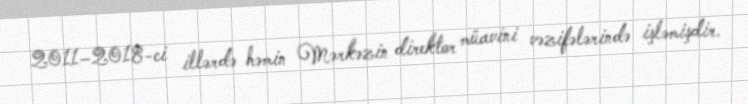
2011–2018-ci illərdə həmin Mərkəzin direktor müavini vəzifələrində işləmişdir.